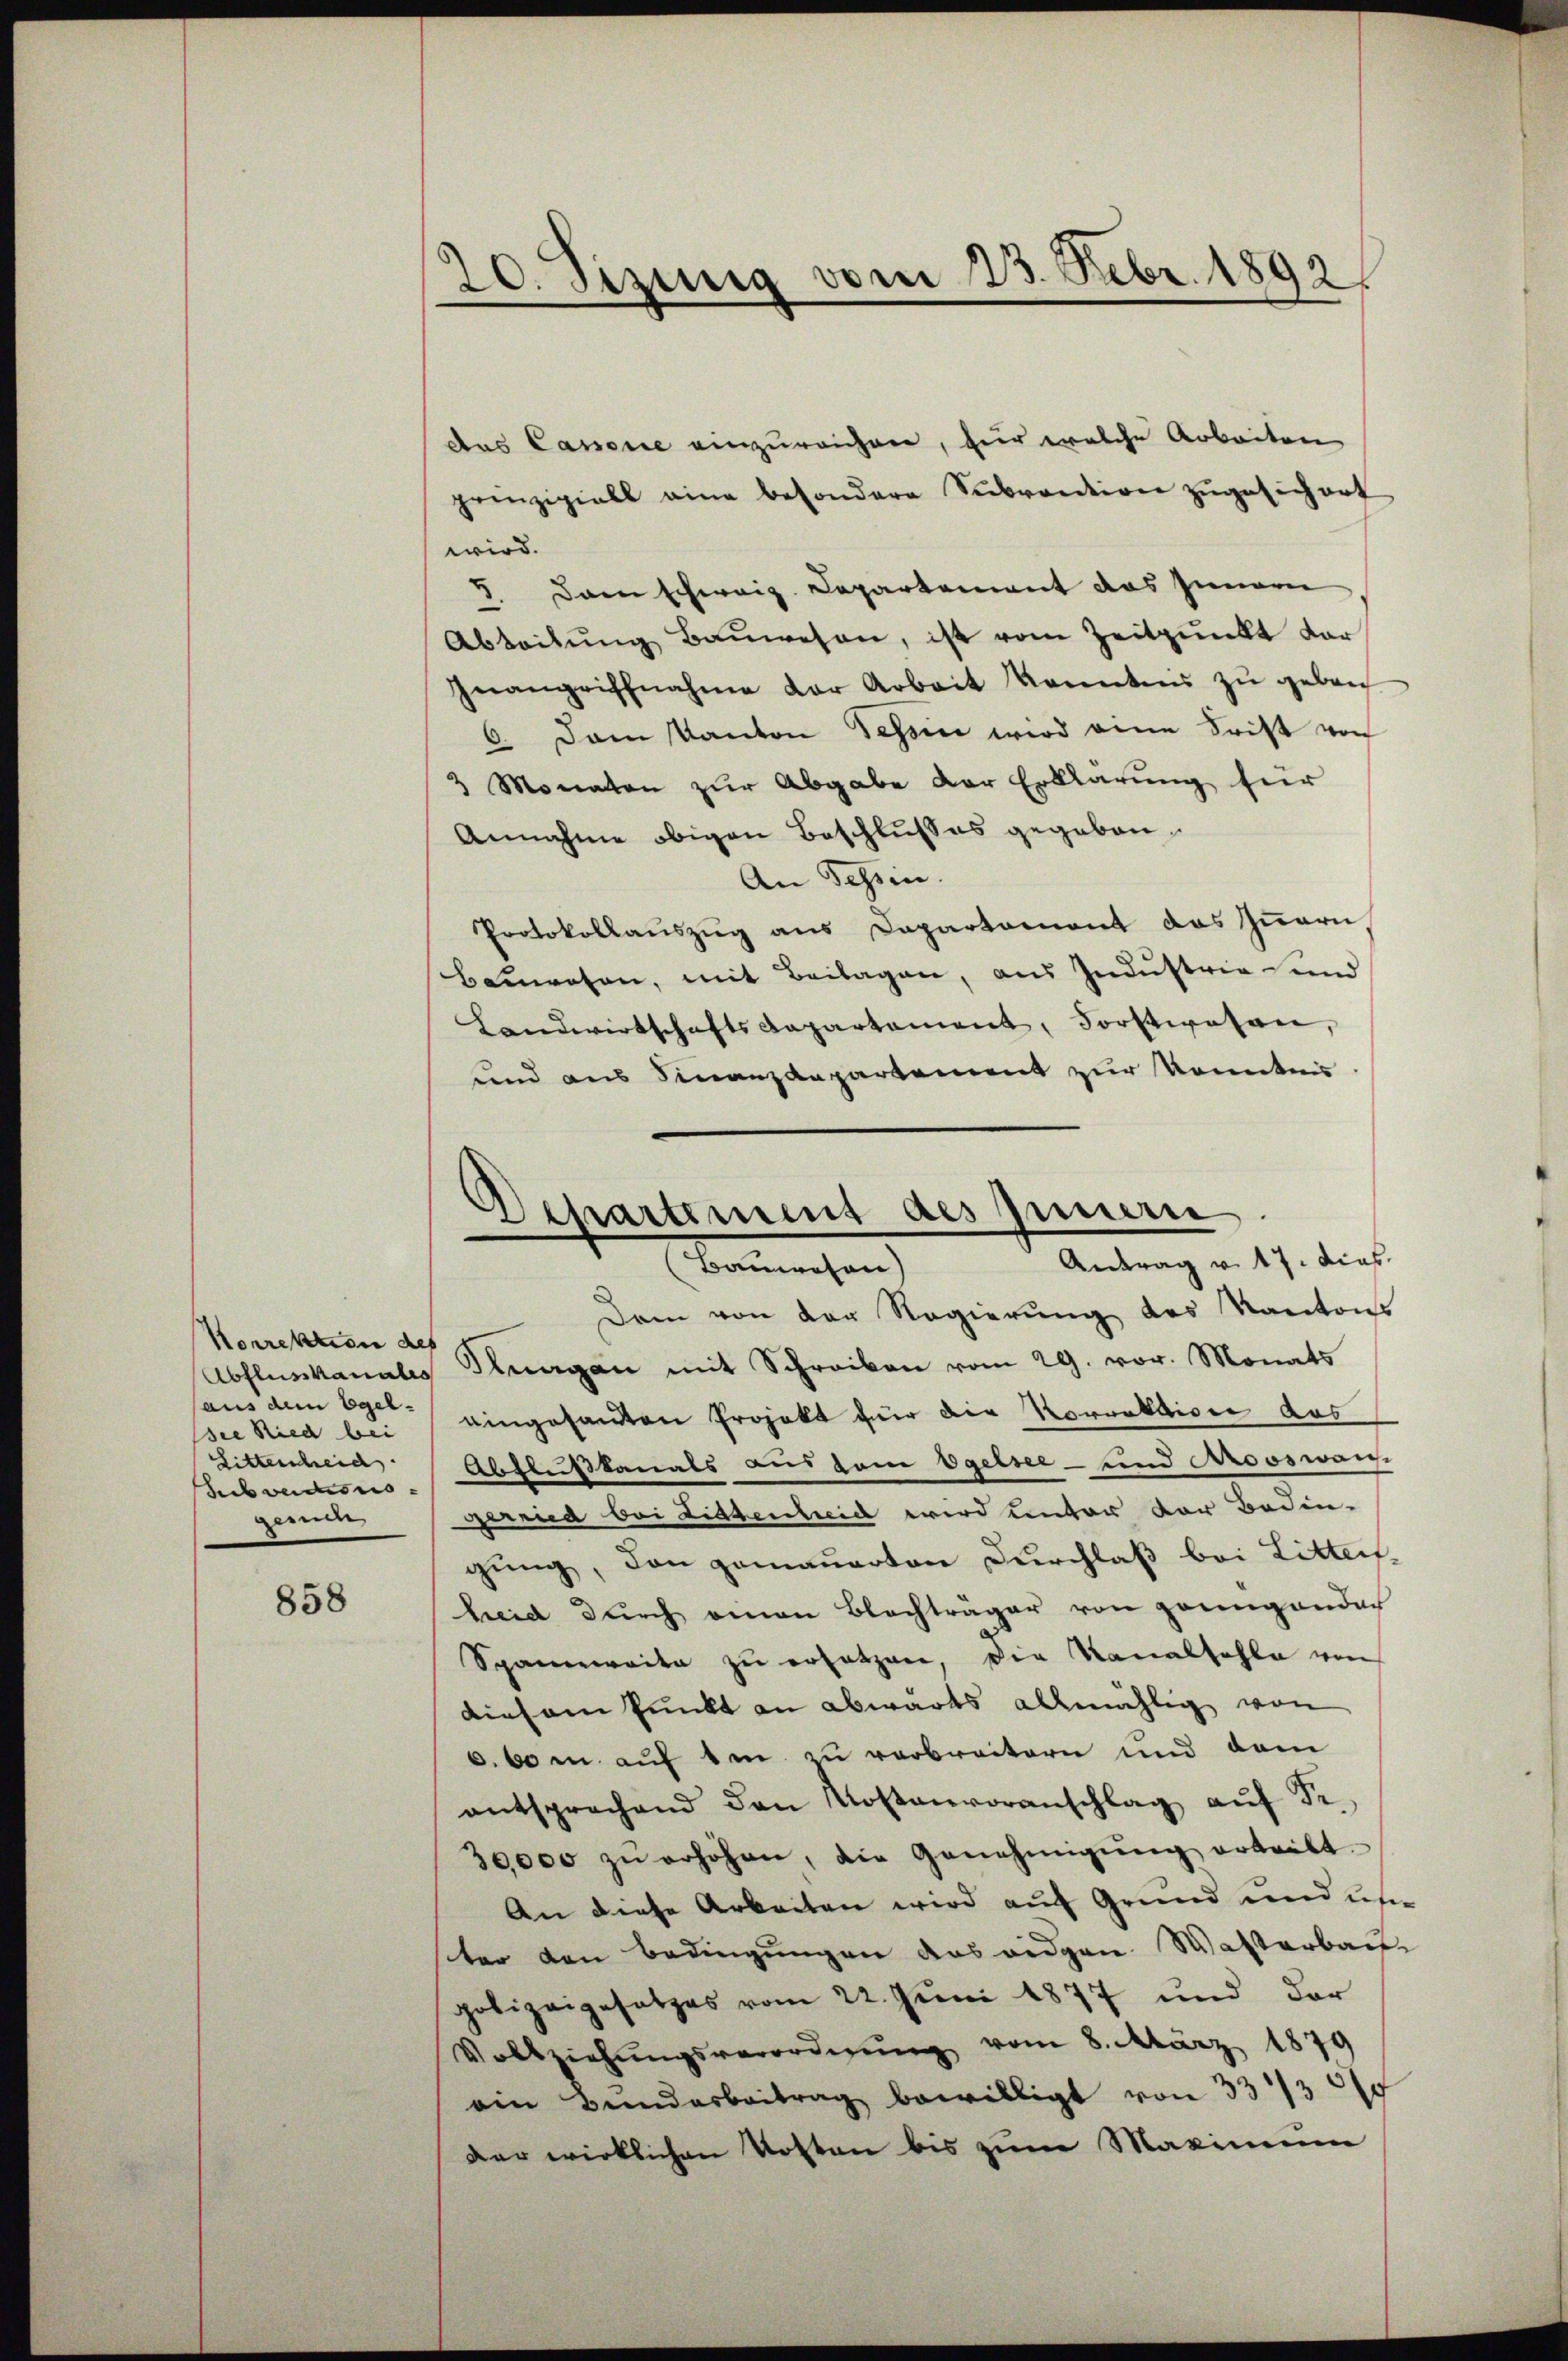
Korrektion des
(aus dem Egel¬
Die Ried bei
Littenheid
Subverdiens
gerücke

858

20. Sizung vom 23. Febr. 1892

das Cassene einzureichen, für welche Arbeiten
prinzipiell eine besondere Subvention zŭgesichert
wird.
8. Dann schweiz. Departement das Innern
Abteilŭng Baŭwesen, ist vom Zeitpunkt dar
Inangriffnahme der Arbeit kanntnis zŭ gebrech
6. Dem Kanton Tessin wird eine Frist von
3 Monaten zur Abgabe der Erklärung für
Annahme obigen Beschlußes gegeben.
An Tessin.
Protokollaŭszŭg ans Capartement des Iṅern,
bauwesen, mit Beilagen, aus Industrie und
Landwirtschaftsdepartement, Forstwesen,
und aus Finanzdepartement zur Kenntnis
Dem von der Regierung des Kantons
Abflusskanals Kurgan mit Schreiben vom 29. vor. Monats
eingesanten Projekt für die Korrektive aus
Abflußkanals aus zum Egelsee- und Arooswar-
Gerried bei Littenheit wird unter der Bedin-
gung, den gemauerten Durchlaß bei Litten,
heid dŭrch einen Blachträger von genügender
Spannweite zŭ ersetzen, die Kanalsohle von
diesem Punkt an abwärts allmählig von
6. 60 m auf den zu verbreitern und dem
entsprechend den Kostenvoranschlag aŭf Sr.
30000 zŭ erhöhen, die Genehmigŭng ertritt.
An diese Arbeiten wird auf Grund und un
ster den Bedingungen das eidgen. Wastarbau
polizeigesetzes vom 22. Juni 1877 und der
Vollziehŭngsverordnŭng vom 8. März 1879
ein Bŭndarbeitrag bewilligt von 33/300
der wirklichen Kosten bis zum Maximum

Departement des Innern
Antrag v. 17. dies
Bamachen

.
e